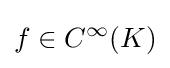
f\in C^{\infty }(K)